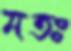
মতঃ